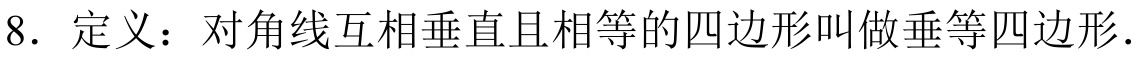
8. 定义：对角线互相垂直且相等的四边形叫做垂等四边形.